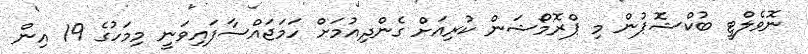
ނޮވެލްޓީ ބުކްޝޮޕުން މި ޕްރޮމޯޝަން ކުރިއަށް ގެންދިއުމަށް ހަމަޖައްސާފައިވަނީ މިމަހުގެ 19 އިން